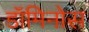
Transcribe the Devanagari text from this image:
डॉमिनोस